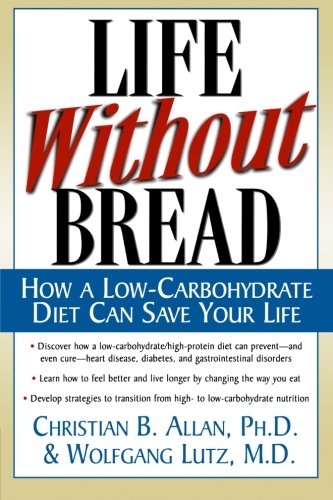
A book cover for Life Without Bread: How a Low-Carbohydrate Diet Can Save Your Life; Christian B. Allan; Health, Fitness & Dieting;